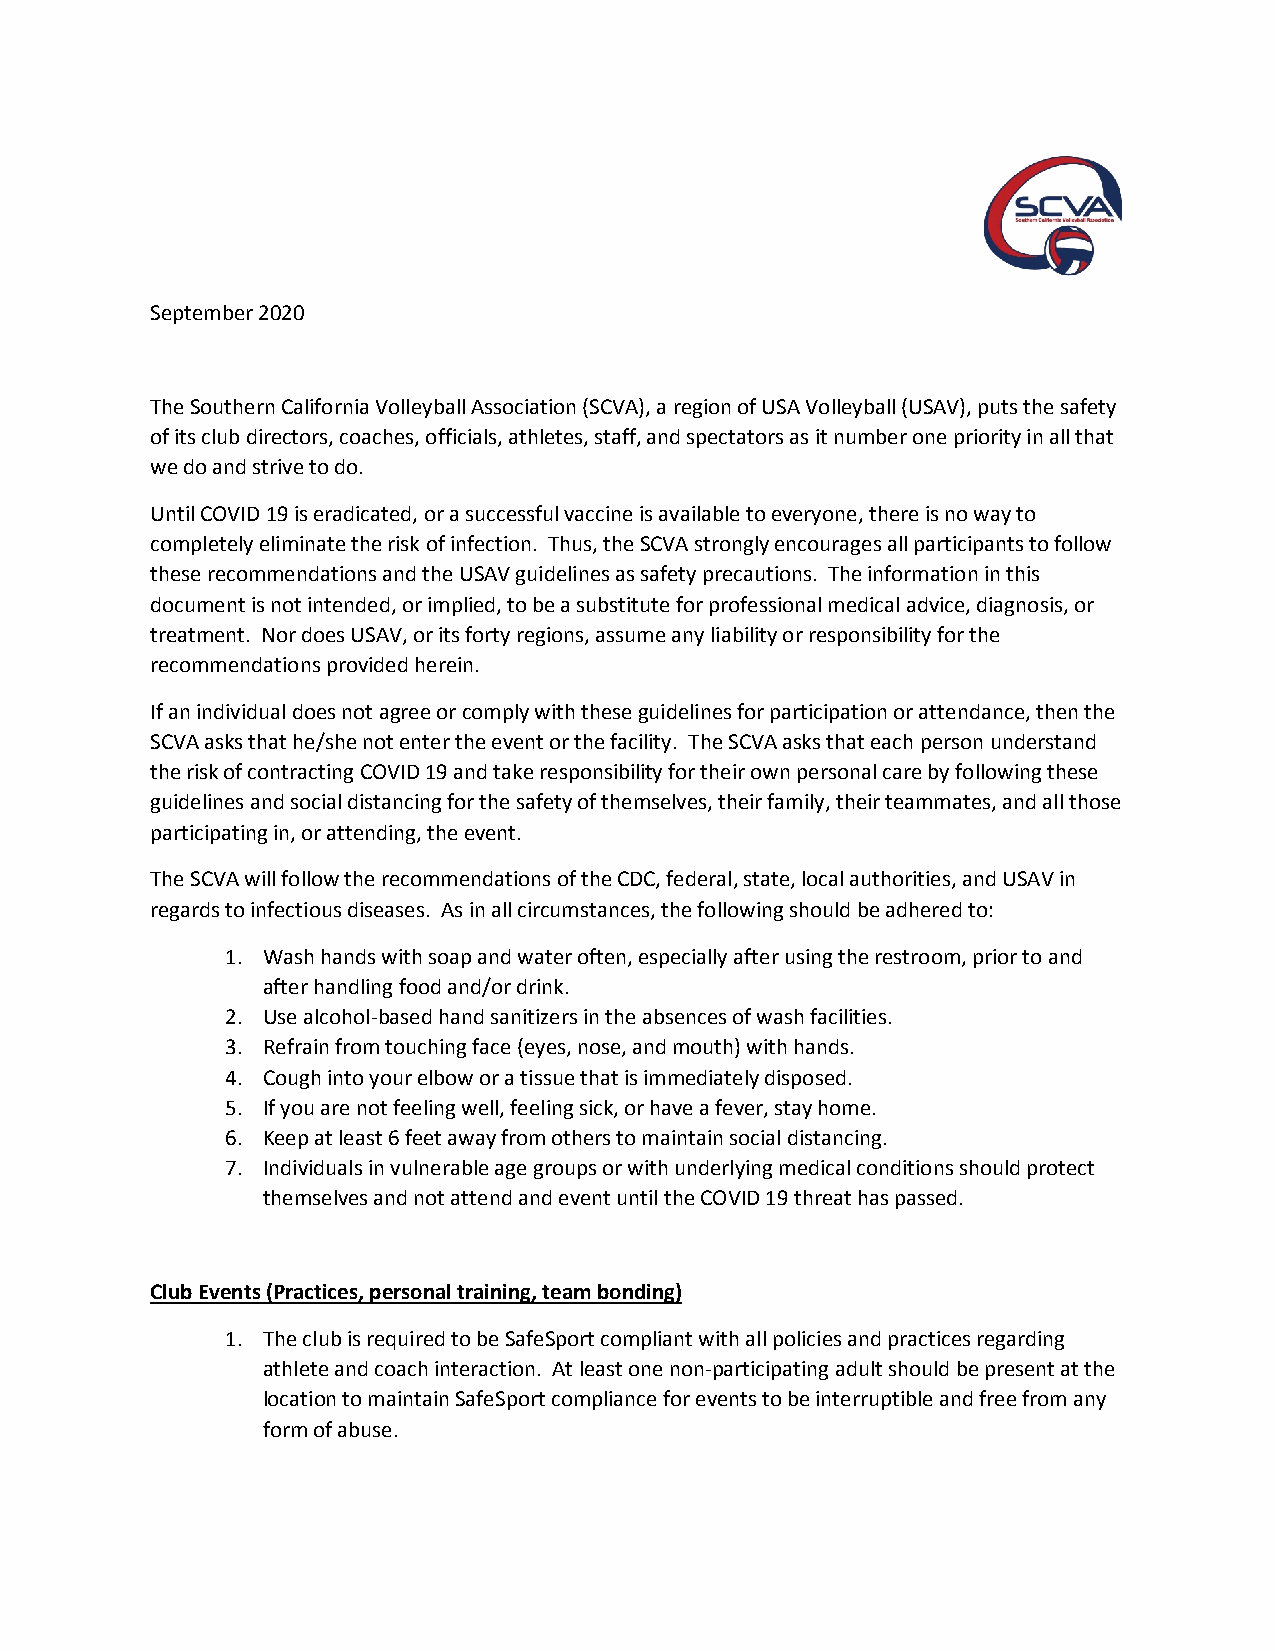
September 2020
 The Southern California Volleyball Association (SCVA), a region of USA Volleyball (USAV), puts the safety
 of its club directors, coaches, officials, athletes, staff, and spectators as it number one priority in all that
 we do and strive to do.
 Until COVID 19 is eradicated, or a successful vaccine is available to everyone, there is no way to
 completely eliminate the risk of infection. Thus, the SCVA strongly encourages all participants to follow
 these recommendations and the USAV guidelines as safety precautions. The information in this
 document is not intended, or implied, to be a substitute for professional medical advice, diagnosis, or
 treatment. Nor does USAV, or its forty regions, assume any liability or responsibility for the
 recommendations provided herein.
 If an individual does not agree or comply with these guidelines for participation or attendance, then the
 SCVA asks that he/she not enter the event or the facility. The SCVA asks that each person understand
 the risk of contracting COVID 19 and take responsibility for their own personal care by following these
 guidelines and social distancing for the safety of themselves, their family, their teammates, and all those
 participating in, or attending, the event.
 The SCVA will follow the recommendations of the CDC, federal, state, local authorities, and USAV in
 regards to infectious diseases. As in all circumstances, the following should be adhered to:
 1. Wash hands with soap and water often, especially after using the restroom, prior to and
 after handling food and/or drink.
 2. Use alcohol-based hand sanitizers in the absences of wash facilities.
 3. Refrain from touching face (eyes, nose, and mouth) with hands.
 4. Cough into your elbow or a tissue that is immediately disposed.
 5. If you are not feeling well, feeling sick, or have a fever, stay home.
 6. Keep at least 6 feet away from others to maintain social distancing.
 7. Individuals in vulnerable age groups or with underlying medical conditions should protect
 themselves and not attend and event until the COVID 19 threat has passed.
 Club Events (Practices, personal training, team bonding)
 1. The club is required to be SafeSport compliant with all policies and practices regarding
 athlete and coach interaction. At least one non-participating adult should be present at the
 location to maintain SafeSport compliance for events to be interruptible and free from any
 form of abuse.